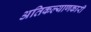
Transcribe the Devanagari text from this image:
अतिकल्याणकारी